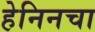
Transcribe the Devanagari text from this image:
हेनिनचा